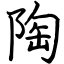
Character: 陶